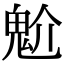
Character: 魀